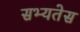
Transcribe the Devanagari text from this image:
सभ्यतेस